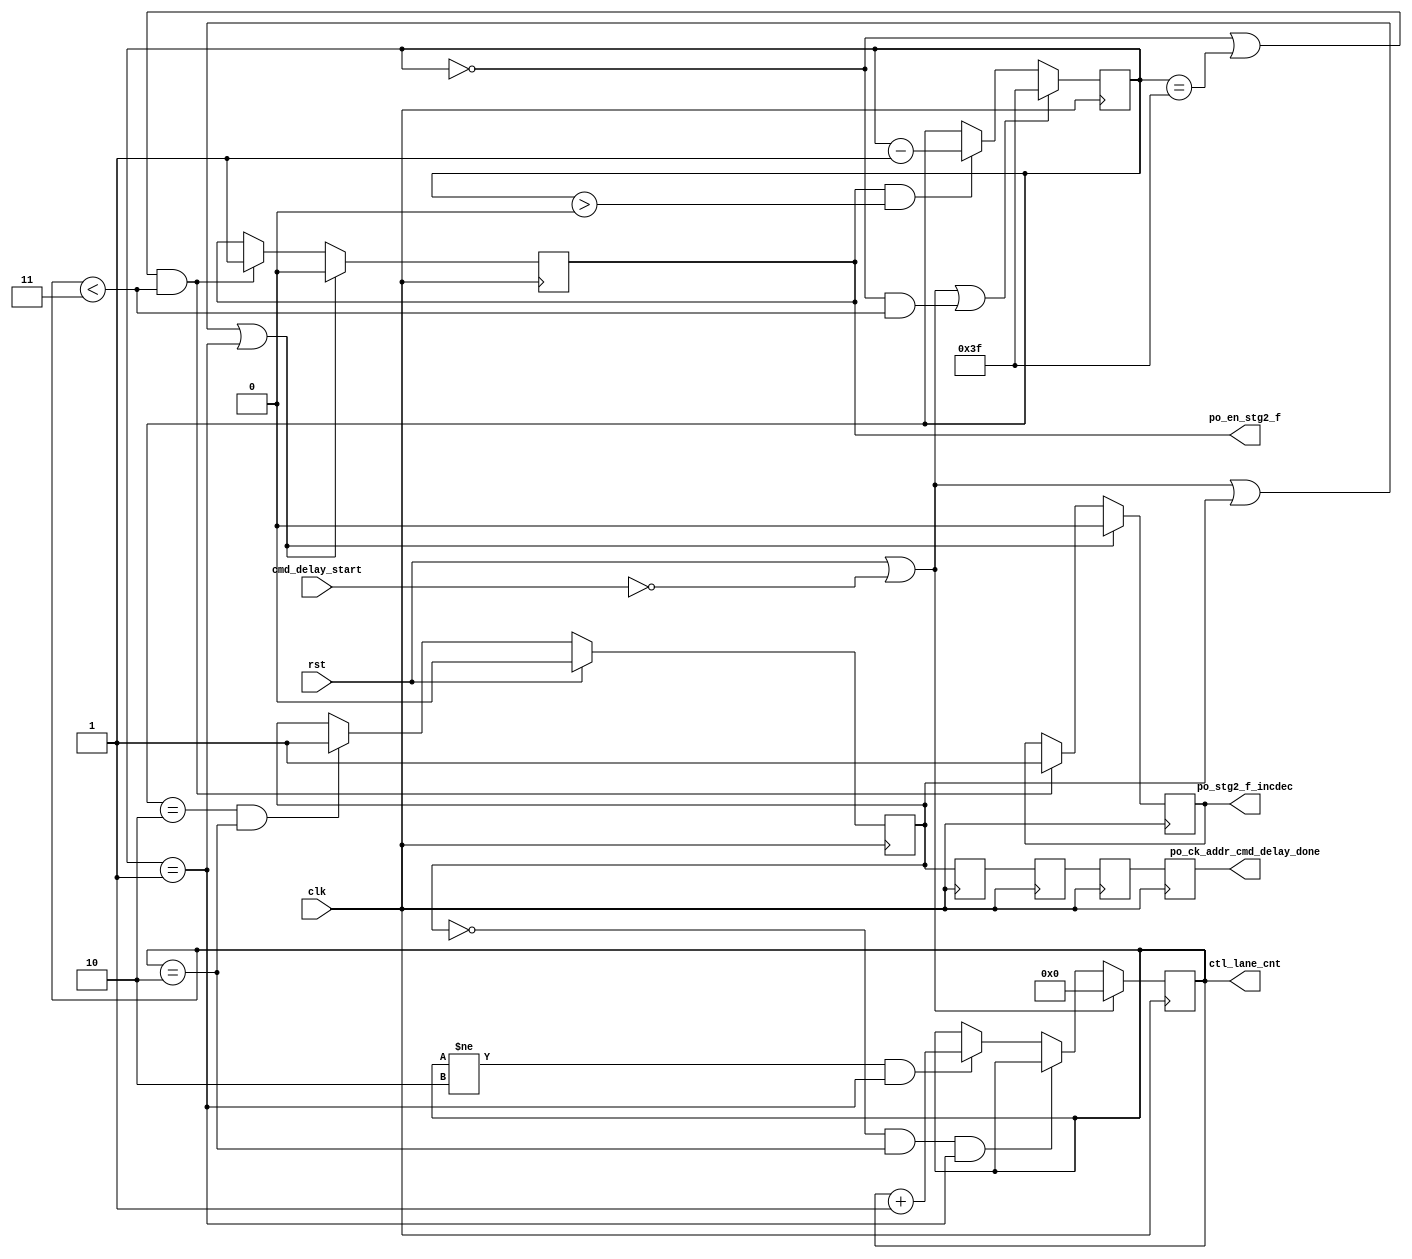
module mig_7series_v2_0_qdr_rld_phy_ck_addr_cmd_delay #
  (
   parameter TCQ          = 100,       
   parameter BURST_LEN   = 4,      
   parameter nCK_PER_CLK  = 2,         
   parameter CLK_PERIOD   = 3636,      
   parameter N_CTL_LANES  = 3          
   )
  (
   input            clk,            
   input            rst,            
   input            cmd_delay_start,
   output reg [5:0] ctl_lane_cnt,   
   output reg       po_stg2_f_incdec,
   output reg       po_en_stg2_f,   
   output           po_ck_addr_cmd_delay_done 
   );
   localparam TAP_CNT_LIMIT = 63;
   localparam FREQ_REF_DIV           = (CLK_PERIOD > 5000 ? 4 : 
                                        CLK_PERIOD > 2500 ? 2 : 1);
   localparam real FREQ_REF_PS       = CLK_PERIOD/FREQ_REF_DIV;
   localparam integer PHASER_TAP_RES = ((FREQ_REF_PS/2)/64);
   localparam CALC_TAP_CNT = (CLK_PERIOD / (4 * PHASER_TAP_RES));
   localparam TAP_CNT = (CALC_TAP_CNT > TAP_CNT_LIMIT) ? 
                         TAP_CNT_LIMIT : CALC_TAP_CNT;
   reg       delay_done;
   reg       delay_done_r1;
   reg       delay_done_r2;
   reg       delay_done_r3;
   reg       delay_done_r4;
   reg [5:0] delay_cnt_r;
   assign po_ck_addr_cmd_delay_done = (BURST_LEN == 2)? cmd_delay_start : delay_done_r4;
   always @(posedge clk) begin
     if (rst || ~cmd_delay_start || delay_done || (delay_cnt_r == 6'd1)) begin
       po_stg2_f_incdec <= #TCQ 1'b0;
       po_en_stg2_f     <= #TCQ 1'b0;
     end else if (((delay_cnt_r == 6'd0) || (delay_cnt_r == TAP_CNT)) && (ctl_lane_cnt < N_CTL_LANES)) begin
       po_stg2_f_incdec <= #TCQ 1'b1;
       po_en_stg2_f     <= #TCQ 1'b1;
     end
   end
   always @(posedge clk) begin  
     if (rst || ~cmd_delay_start ||((delay_cnt_r == 6'd0) && (ctl_lane_cnt < N_CTL_LANES)))
       delay_cnt_r  <= #TCQ TAP_CNT;
     else if (po_en_stg2_f && (delay_cnt_r > 6'd0))
       delay_cnt_r  <= #TCQ delay_cnt_r - 1;
   end
   always @(posedge clk) begin
     if (rst || ~cmd_delay_start )
       ctl_lane_cnt <= #TCQ 6'b0;
     else if (~delay_done && (ctl_lane_cnt == N_CTL_LANES-1) && (delay_cnt_r == 6'd1))
       ctl_lane_cnt <= #TCQ ctl_lane_cnt;
     else if ((ctl_lane_cnt != N_CTL_LANES-1) && (delay_cnt_r == 6'd1))
        ctl_lane_cnt <= #TCQ ctl_lane_cnt + 1;
   end
   always @(posedge clk) begin
     if (rst )  begin
       delay_done    <= #TCQ 1'b0;
     end else if ((delay_cnt_r == 6'd2) && (ctl_lane_cnt == N_CTL_LANES-1))  begin
       delay_done    <= #TCQ 1'b1;
     end
   end
   always @(posedge clk) begin
     delay_done_r1 <= #TCQ delay_done;
     delay_done_r2 <= #TCQ delay_done_r1;
     delay_done_r3 <= #TCQ delay_done_r2;
     delay_done_r4 <= #TCQ delay_done_r3;
   end
endmodule